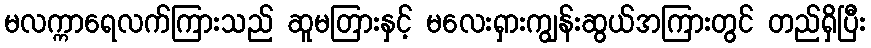
မလက္ကာရေလက်ကြားသည် ဆူမတြားနှင့် မလေးရှားကျွန်းဆွယ်အကြားတွင် တည်ရှိပြီး